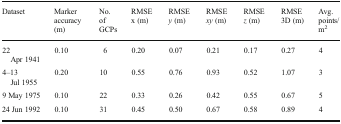
| Dataset | Marker accuracy (m) | No. of GCPs | RMSE x (m) | RMSE y (m) | RMSE xy (m) | RMSE z (m) | RMSE 3D (m) | Avg. points/m2 |
 | --- | --- | --- | --- | --- | --- | --- | --- | --- |
 | 22 Apr 1941 | 0.10 | 6 | 0.20 | 0.07 | 0.21 | 0.17 | 0.27 | 4 |
 | 4–13 Jul 1955 | 0.20 | 10 | 0.55 | 0.76 | 0.93 | 0.52 | 1.07 | 3 |
 | 9 May 1975 | 0.10 | 22 | 0.33 | 0.26 | 0.42 | 0.55 | 0.67 | 5 |
 | 24 Jun 1992 | 0.10 | 31 | 0.45 | 0.50 | 0.67 | 0.58 | 0.89 | 4 |